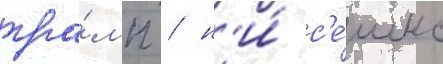
тра́мп / н'и́ с'е́шнс